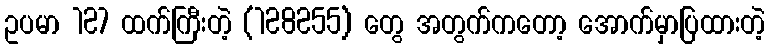
ဥပမာ 127 ထက်ကြီးတဲ့ (128255) တွေ အတွက်ကတော့ အောက်မှာပြထားတဲ့